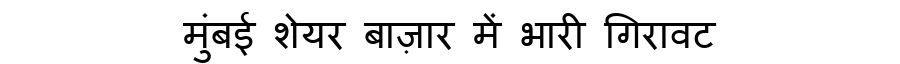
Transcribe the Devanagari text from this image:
मुंबई शेयर बाज़ार में भारी गिरावट